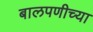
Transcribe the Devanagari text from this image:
बालपणीच्या